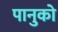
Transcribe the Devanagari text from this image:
पानुको